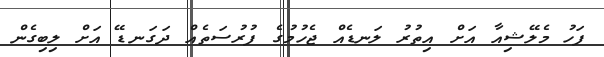
ފަހު މެލޭޝިއާ އަށް އިތުރު ލަނޑެއް ޖެހުމުގެ ފުރުސަތެއް ދަގަނޑޭ އަށް ލިބިގެން